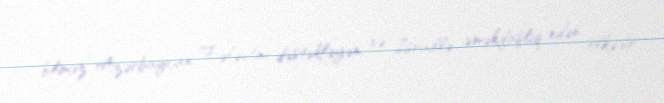
bilməz.“Azərbaycan Fələstini dəstəkləyən və İsraillə əməkdaşlıq edən ölkədir.